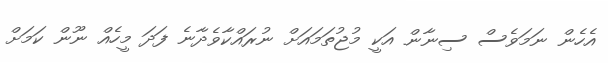
އެހެން ނަމަވެސް ސިނާން އަކީ މުޖުތަމައަށް ނުރައްކާވެދާނެ ފަދަ މީހެއް ނޫން ކަމަށް